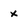
Character: X